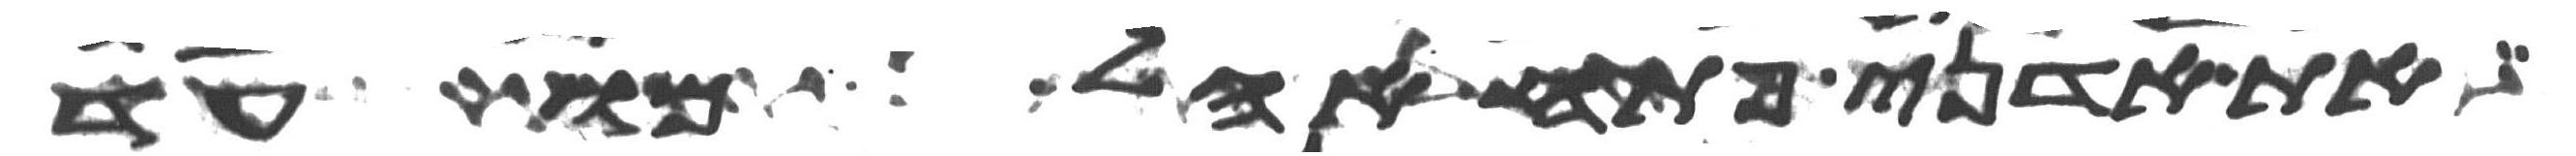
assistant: את אדני פתח אהל מועד